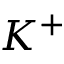
K ^ { + }